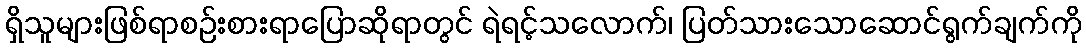
ရှိသူများဖြစ်ရာစဉ်းစားရာပြောဆိုရာတွင် ရဲရင့်သလောက်၊ ပြတ်သားသောဆောင်ရွက်ချက်ကို